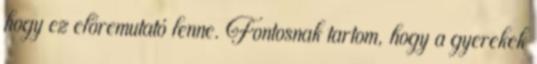
hogy ez előremutató lenne. Fontosnak tartom, hogy a gyerekek